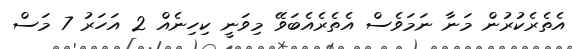
އެތެރެކުރުން މަނާ ނަމަވެސް އެތެރެއެބަވޭ މިވަނީ ކިހިނެއް 2 އަހަރު 7 މަސް